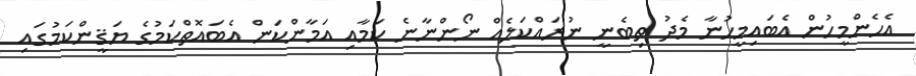
އެހެންމީހުން އެބައިމީހުނާ މެދު ތިބެނީ ނުރައްކަލެއް ނޯންނާނެ ކަމާއި އަމާންކަން އެބައޮތްކަމުގެ ޔަޤީންކަމުގައި